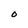
Character: O